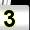
Digit: 3